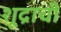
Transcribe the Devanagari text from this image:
शूद्राची